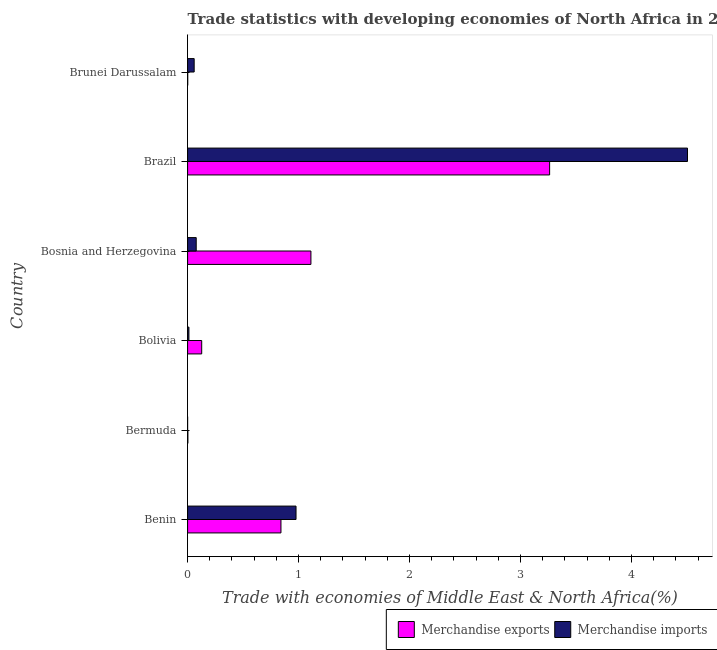
| Country | Merchandise exports | Merchandise imports |
 | --- | --- | --- |
 | Benin | 0.841 | 0.977 |
 | Bermuda | 0.00246 | 4.99e-05 |
 | Bolivia | 0.127 | 0.0119 |
 | Bosnia and Herzegovina | 1.11 | 0.0777 |
 | Brazil | 3.26 | 4.5 |
 | Brunei Darussalam | 0.00104 | 0.0593 |